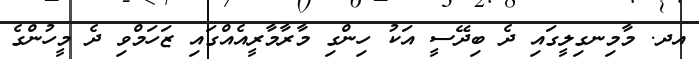
އދ. މާމިނގިލީގައި ދެ ބިދޭސީ އަކު ހިންގި މާރާމާރީއެއްގައި ޒަހަމްވި ދެ މީހުންގެ